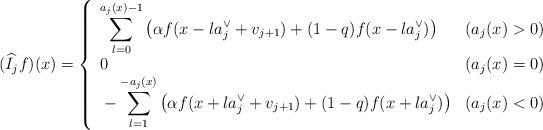
LaTeX: \begin{align*}(\widehat{I}_{j}f)(x)=\left\{ \begin{array}{ll}\displaystyle \sum_{l=0}^{a_{j}(x)-1}\left( \alpha f(x-l a_{j}^{\vee}+v_{j+1})+(1-q)f(x-l a_{j}^{\vee})\right) & (a_{j}(x)>0) \\0 & (a_{j}(x)=0) \\\displaystyle {}-\sum_{l=1}^{-a_{j}(x)}\left( \alpha f(x+la_{j}^{\vee}+v_{j+1})+(1-q)f(x+la_{j}^{\vee})\right) & (a_{j}(x)<0) \end{array}\right.\end{align*}